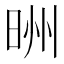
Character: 𪰢